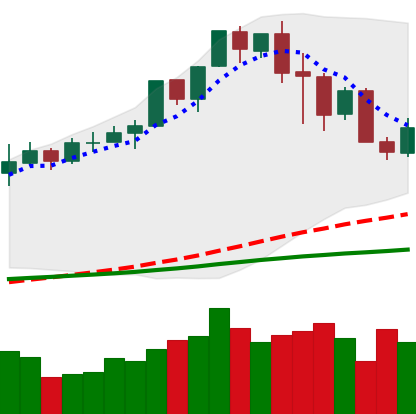
Ticker: XMR-USD
Chart end date: 2020-02-21
Forward return: -11.84%
Label: down_7plus